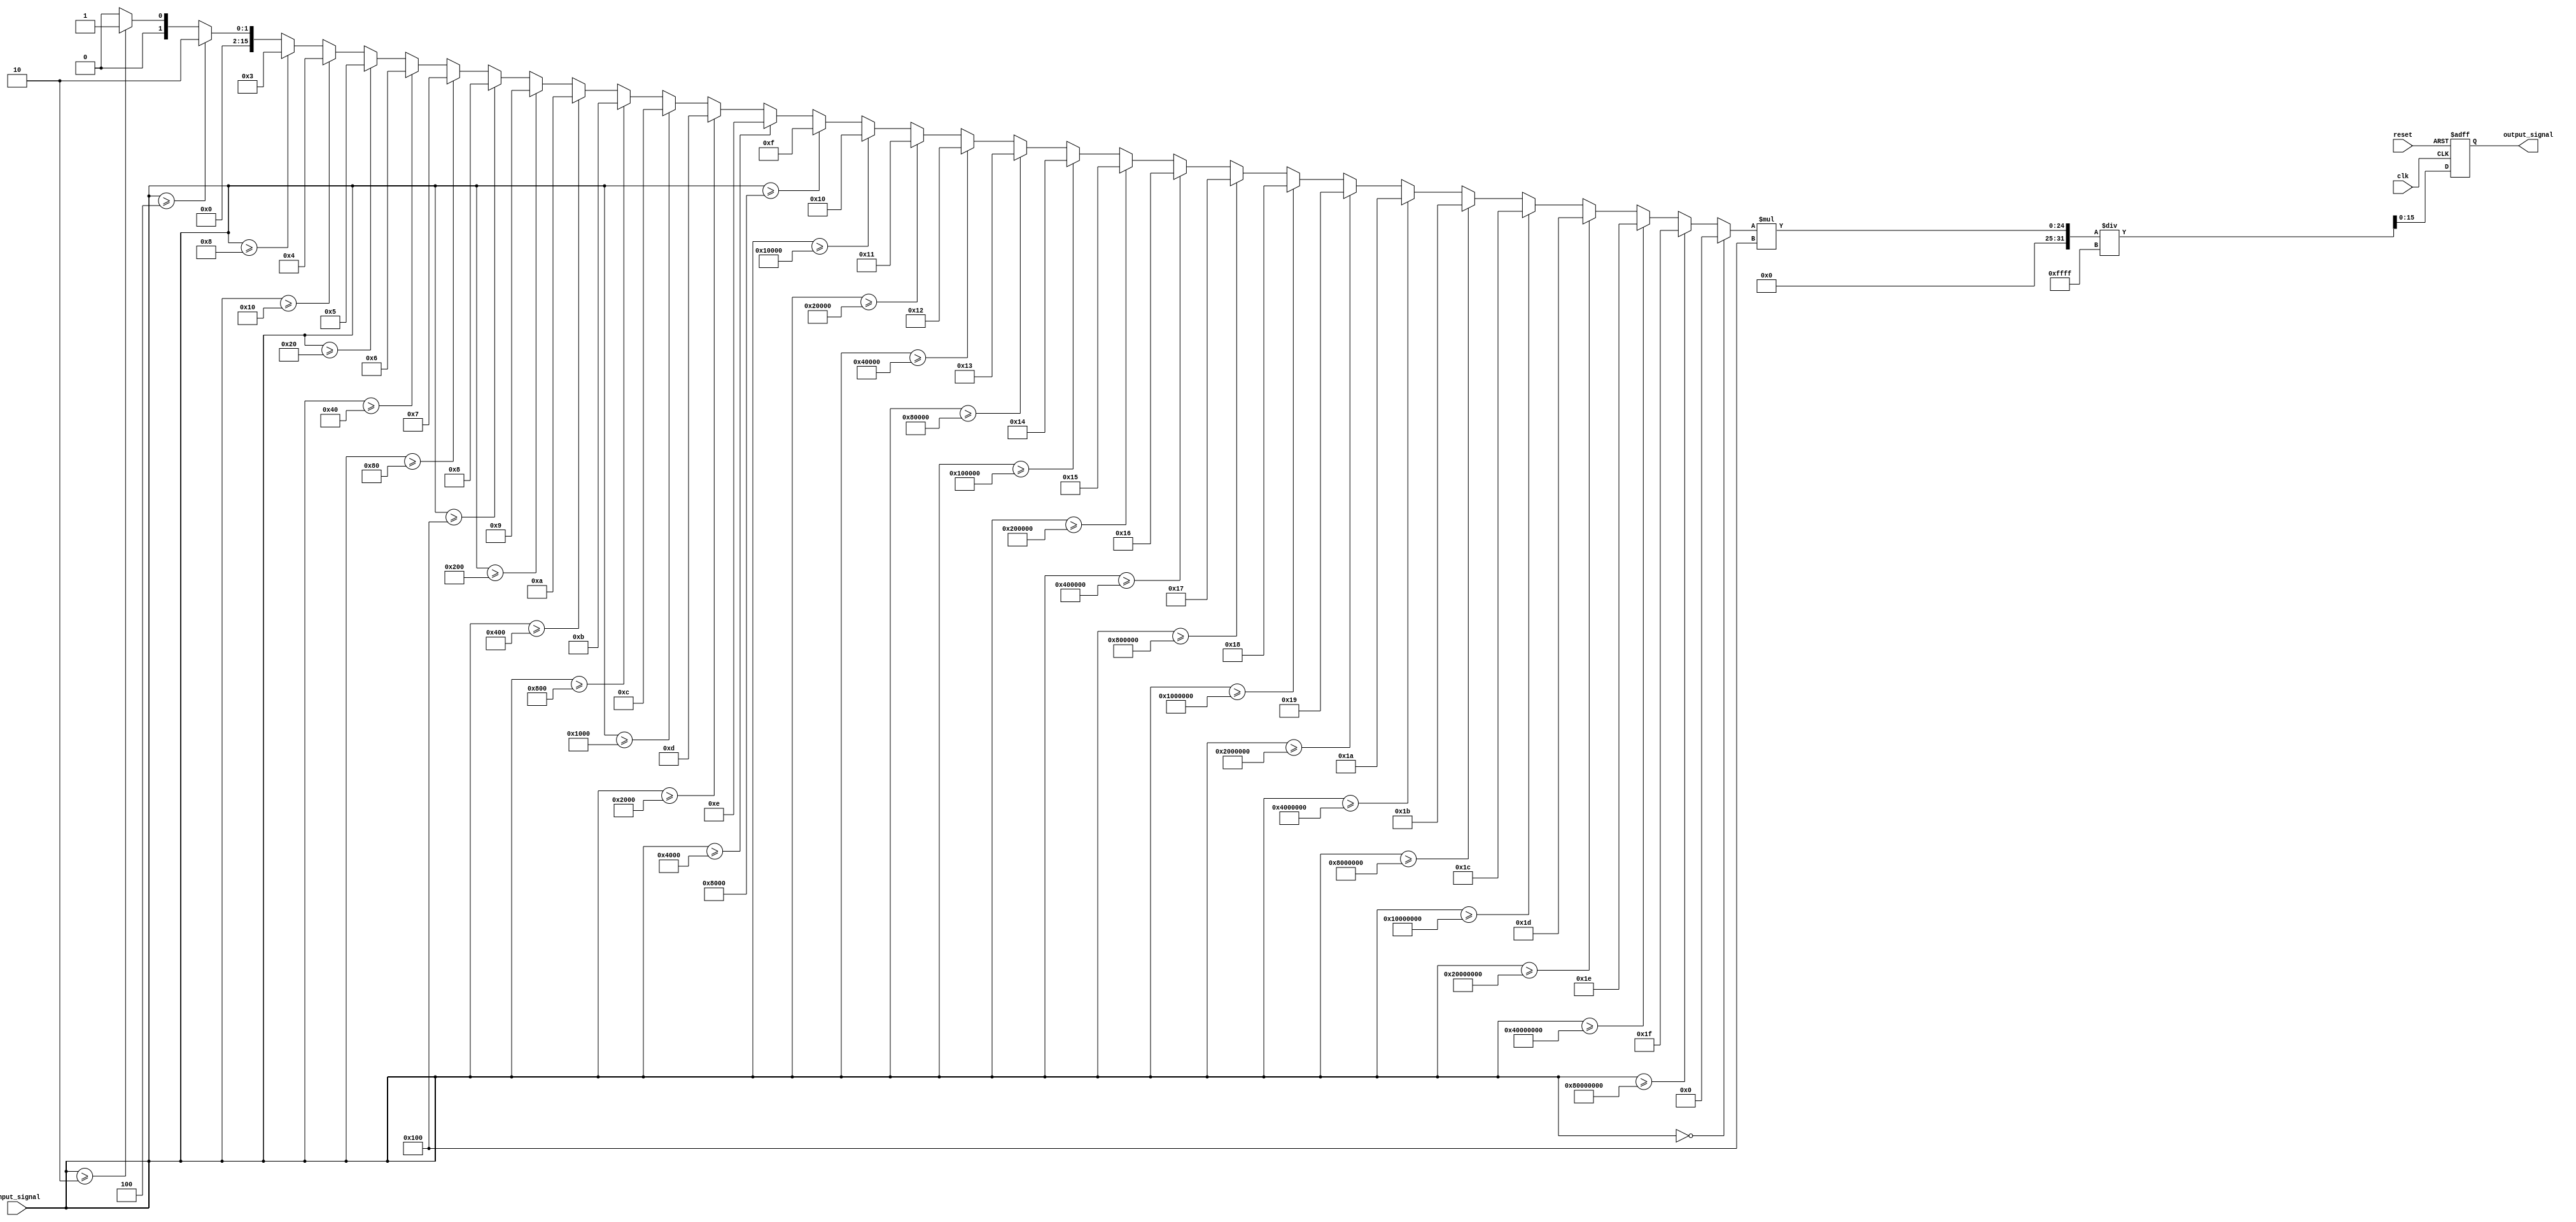
module LogarithmicAmplifier (
    input wire [15:0] input_signal,   // 16-bit input signal
    output reg [15:0] output_signal,   // 16-bit output signal
    input wire clk,                    // Clock signal
    input wire reset                   // Reset signal
);

    // Parameters for logarithmic approximation
    parameter LOG_BASE = 2;            // Base of the logarithm
    parameter MAX_INPUT = 65535;        // Maximum input value for 16-bit
    parameter LOG_SCALE = 256;          // Scale factor for output

    // Internal signal for logarithmic value
    reg [31:0] log_value;

    // Logarithmic function approximation
    function [31:0] log2;
        input [15:0] x;
        integer i;
        begin
            if (x == 0) begin
                log2 = 0; // log(0) is undefined, return 0 for this case
            end else begin
                log2 = 0;
                for (i = 0; i < 32; i = i + 1) begin
                    if (x >= (LOG_BASE ** i)) begin
                        log2 = i;
                    end
                end
            end
        end
    endfunction

    // Process block
    always @(posedge clk or posedge reset) begin
        if (reset) begin
            output_signal <= 0;
        end else begin
            // Calculate the logarithmic value
            log_value = log2(input_signal);
            // Scale the output to fit into 16 bits
            output_signal <= log_value[15:0] * LOG_SCALE / MAX_INPUT;
        end
    end

endmodule